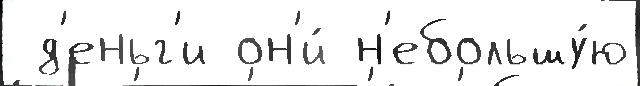
 д'еньг'и он'и́ н'ебольшу́ю